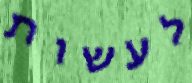
לעשות